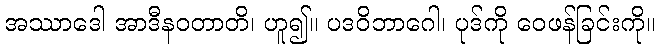
အဿာဒေါ အာဒီနဝတာတိ၊ ဟူ၍။ ပဒဝိဘာဂေါ၊ ပုဒ်ကို ဝေဖန်ခြင်းကို။